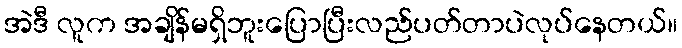
အဲဒီ လူက အချိန်မရှိဘူးပြောပြီးလည်ပတ်တာပဲလုပ်နေတယ်။